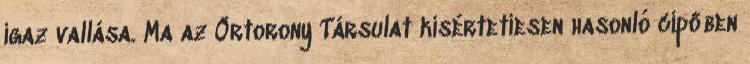
igaz vallása. Ma az Őrtorony Társulat kísértetiesen hasonló cipőben